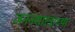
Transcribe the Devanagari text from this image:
जननशास्त्रांच्या